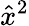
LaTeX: \hat{x}^{2}